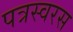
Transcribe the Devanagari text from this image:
पत्रस्वरस